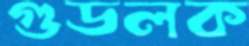
গুডলক